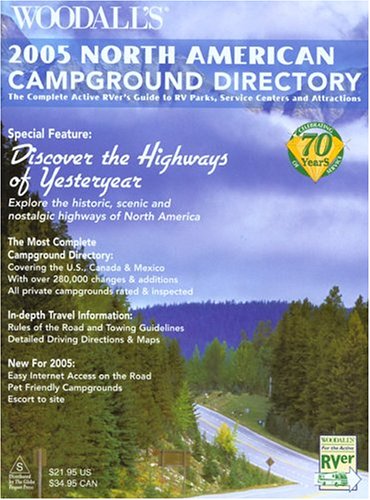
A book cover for Woodall's North American Campground Directory, 2005: The Active RVer's Guide to RV Parks, Service Centers & Atrractions (Good Sam RV Travel Guide & Campground Directory); Woodall's Publications Corp.; Travel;